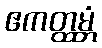
ဧကတ္ထမ္ဘံ